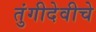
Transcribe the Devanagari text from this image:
तुंगीदेवीचे